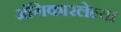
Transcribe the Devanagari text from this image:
अंगिकारलेल्या